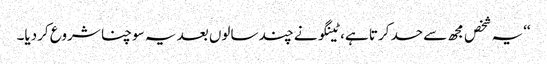
‘‘یہ شخص مجھ سے حسد کرتا ہے، ٹینگو نے چند سالوں بعد یہ سوچنا شروع کردیا۔